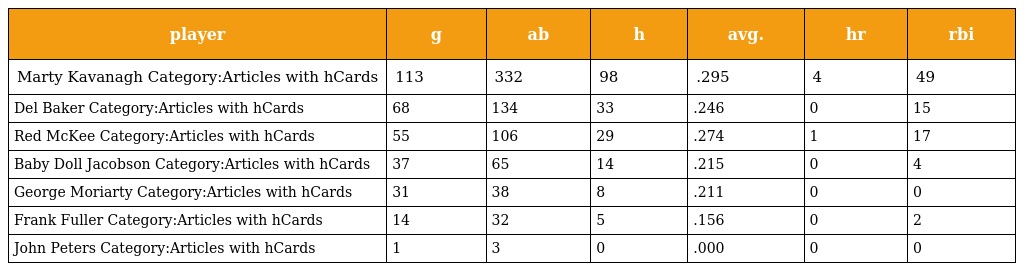
| player | g | ab | h | avg. | hr | rbi |
 | --- | --- | --- | --- | --- | --- | --- |
 | Marty Kavanagh Category:Articles with hCards | 113 | 332 | 98 | .295 | 4 | 49 |
 | Del Baker Category:Articles with hCards | 68 | 134 | 33 | .246 | 0 | 15 |
 | Red McKee Category:Articles with hCards | 55 | 106 | 29 | .274 | 1 | 17 |
 | Baby Doll Jacobson Category:Articles with hCards | 37 | 65 | 14 | .215 | 0 | 4 |
 | George Moriarty Category:Articles with hCards | 31 | 38 | 8 | .211 | 0 | 0 |
 | Frank Fuller Category:Articles with hCards | 14 | 32 | 5 | .156 | 0 | 2 |
 | John Peters Category:Articles with hCards | 1 | 3 | 0 | .000 | 0 | 0 |